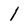
Character: l